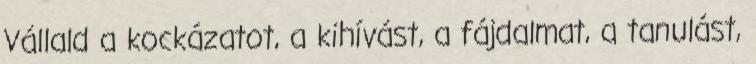
Vállald a kockázatot, a kihívást, a fájdalmat, a tanulást,